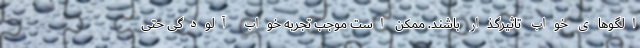
الگوهای خواب تاثیرگذار باشند. ممکن است موجب تجربه خواب آلودگی حتی